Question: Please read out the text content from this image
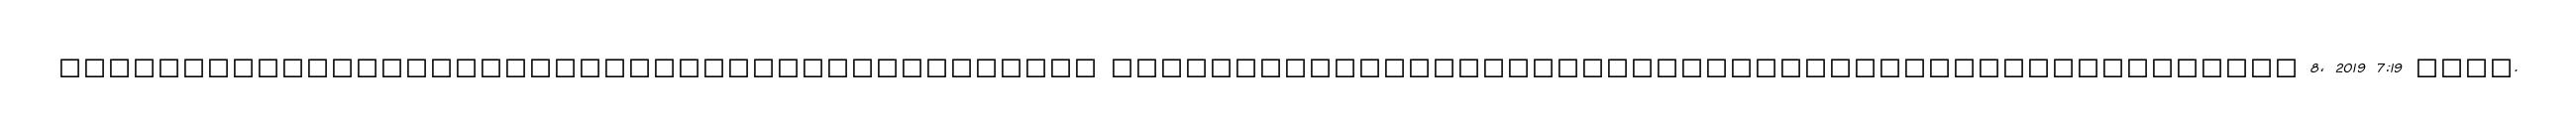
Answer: ?????????????????????????????????????????? ???????????????????????????????????????????????? 8, 2019 7:19 ????.